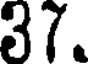
37.